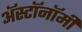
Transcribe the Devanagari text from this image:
ॲस्टॉनॉमी